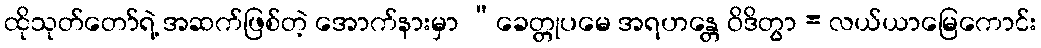
ထိုသုတ်တော်ရဲ့ အဆက်ဖြစ်တဲ့ အောက်နားမှာ “ခေတ္တုပမေ အရဟန္တေ ဝိဒိတွာ = လယ်ယာမြေကောင်း